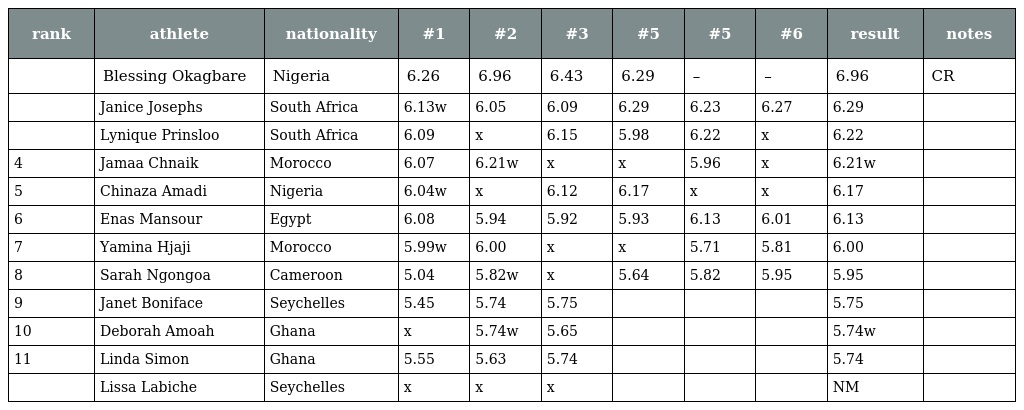
| rank | athlete | nationality | #1 | #2 | #3 | #5 | #5 | #6 | result | notes |
 | --- | --- | --- | --- | --- | --- | --- | --- | --- | --- | --- |
 |  | Blessing Okagbare | Nigeria | 6.26 | 6.96 | 6.43 | 6.29 | – | – | 6.96 | CR |
 |  | Janice Josephs | South Africa | 6.13w | 6.05 | 6.09 | 6.29 | 6.23 | 6.27 | 6.29 |  |
 |  | Lynique Prinsloo | South Africa | 6.09 | x | 6.15 | 5.98 | 6.22 | x | 6.22 |  |
 | 4 | Jamaa Chnaik | Morocco | 6.07 | 6.21w | x | x | 5.96 | x | 6.21w |  |
 | 5 | Chinaza Amadi | Nigeria | 6.04w | x | 6.12 | 6.17 | x | x | 6.17 |  |
 | 6 | Enas Mansour | Egypt | 6.08 | 5.94 | 5.92 | 5.93 | 6.13 | 6.01 | 6.13 |  |
 | 7 | Yamina Hjaji | Morocco | 5.99w | 6.00 | x | x | 5.71 | 5.81 | 6.00 |  |
 | 8 | Sarah Ngongoa | Cameroon | 5.04 | 5.82w | x | 5.64 | 5.82 | 5.95 | 5.95 |  |
 | 9 | Janet Boniface | Seychelles | 5.45 | 5.74 | 5.75 |  |  |  | 5.75 |  |
 | 10 | Deborah Amoah | Ghana | x | 5.74w | 5.65 |  |  |  | 5.74w |  |
 | 11 | Linda Simon | Ghana | 5.55 | 5.63 | 5.74 |  |  |  | 5.74 |  |
 |  | Lissa Labiche | Seychelles | x | x | x |  |  |  | NM |  |